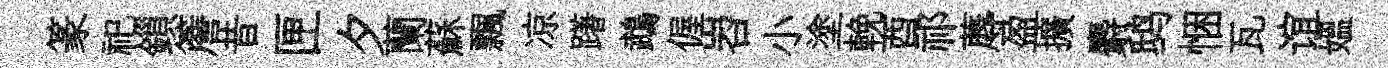
篆祀鎻簷昔匣夕蘭蘇飄凉躇鵡偓岧小塗輓酉祁蓐盈擴麝鸱悃瓦谊媪